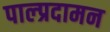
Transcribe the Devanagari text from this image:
पाल्प्रदामन